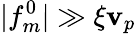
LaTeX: |f_{m}^{0}|\gg\xi\mathbf{v}_{p}